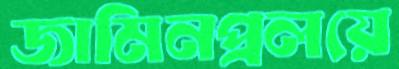
জামিনপ্রলয়ে